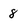
Character: 8